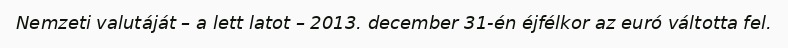
Nemzeti valutáját – a lett latot – 2013. december 31-én éjfélkor az euró váltotta fel.